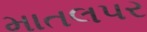
માતલપર